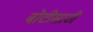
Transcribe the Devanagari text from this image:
बोटीसाठी